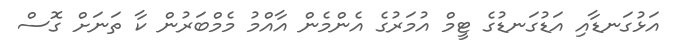
އަޅުގަނޑާއި އަޑުގަނޑުގެ ޓީމް އުމަރުގެ އެންމެން އާއްމު މެމްބަރުން ކާ ތަނަށް ގޮސް